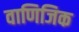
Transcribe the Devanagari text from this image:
वाणिजिक